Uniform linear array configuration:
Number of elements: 48
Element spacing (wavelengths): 0.25
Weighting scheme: uniform
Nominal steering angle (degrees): -60
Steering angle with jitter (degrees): -60.691
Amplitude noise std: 0.05
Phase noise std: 0.05

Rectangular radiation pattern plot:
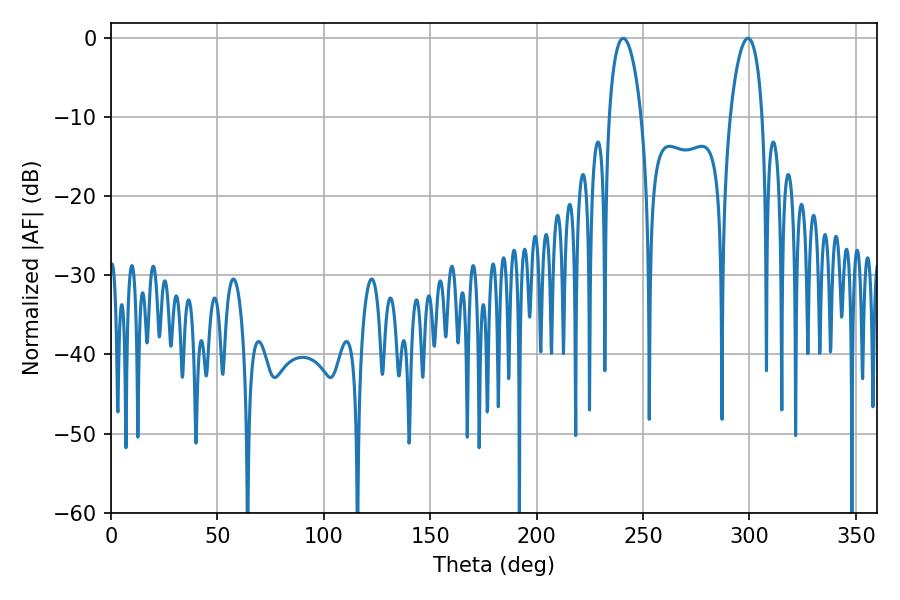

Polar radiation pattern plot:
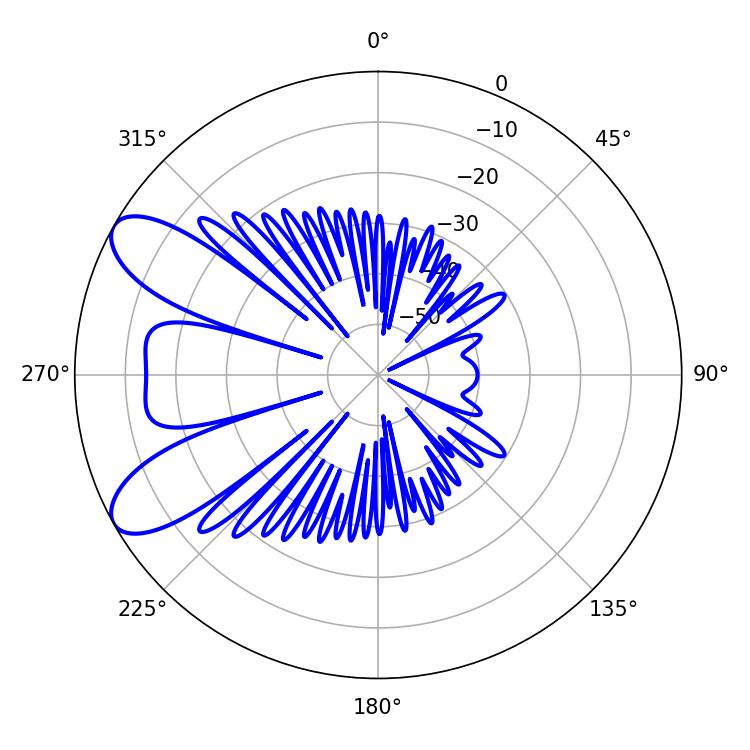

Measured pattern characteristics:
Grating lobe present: FALSE
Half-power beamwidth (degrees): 8.64
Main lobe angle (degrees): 240.66